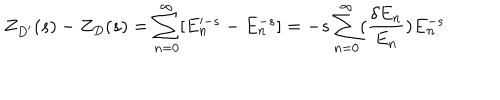
LaTeX: Z _ { D ^ { \prime } } ( s ) - Z _ { D } ( s ) = \sum _ { n = 0 } ^ { \infty } [ E _ { n } ^ { - s } - E _ { n } ^ { - s } ] = - s \sum _ { n = 0 } ^ { \infty } ( { \frac { \delta E _ { n } } { E _ { n } } } ) E _ { n } ^ { - s }